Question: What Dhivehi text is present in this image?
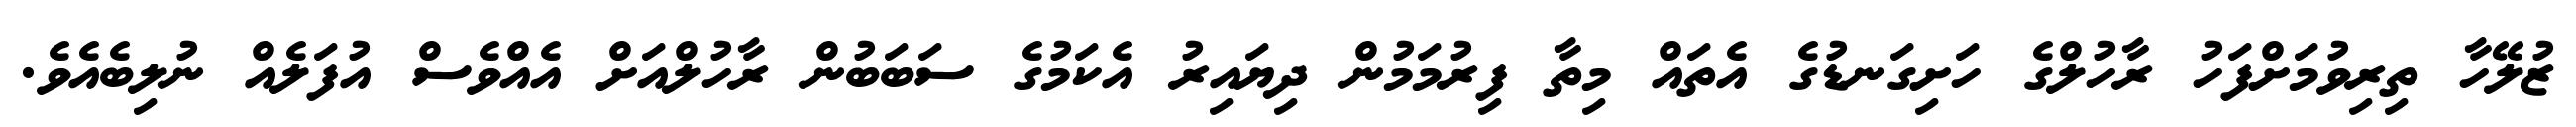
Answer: ޒުލޭހާ ތިރިވުމަށްފަހު ރާހުލްގެ ހަށިގަނޑުގެ އެތައް މިތާ ފިރުމަމުން ދިޔައިރު އެކަމުގެ ސަބަބުން ރާހުލްއަށް އެއްވެސް އުފަލެއް ނުލިބެއެވެ.